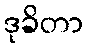
ဒုခိတာ